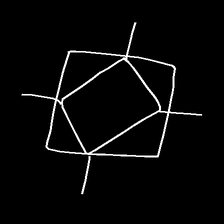
Glyph: light